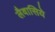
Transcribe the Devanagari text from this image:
लैवासिये